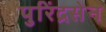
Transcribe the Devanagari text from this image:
पुरिंद्रसेन